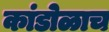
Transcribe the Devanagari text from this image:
कांडोळाच